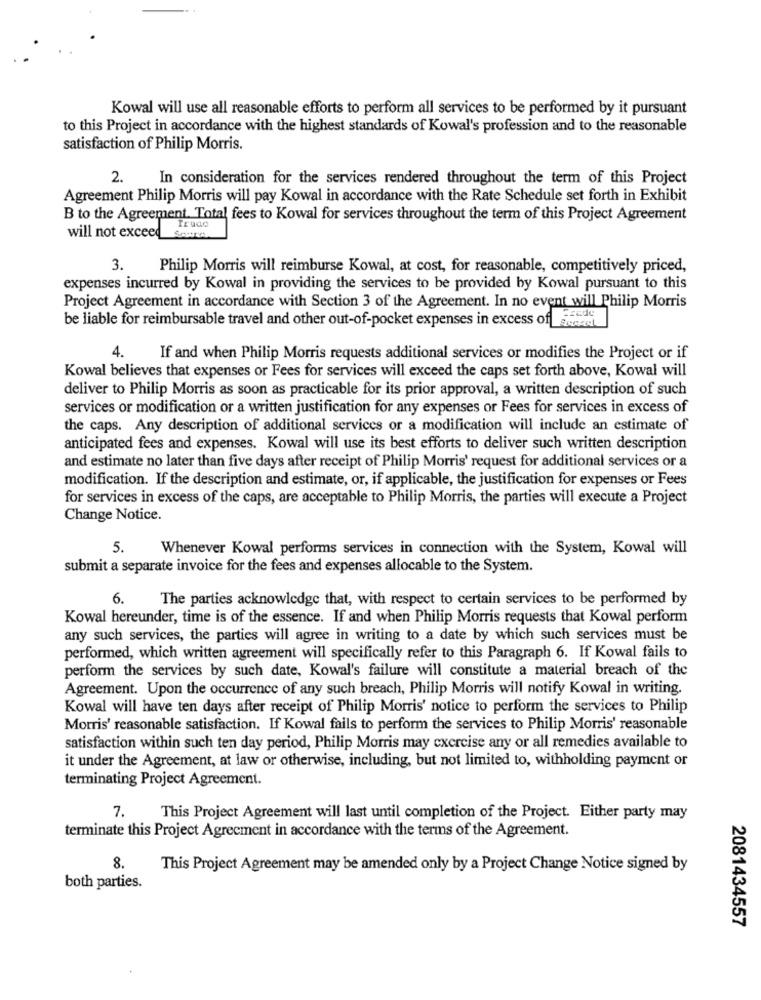
Kowal will use all reasonable efforts to perform all services to be performed by it pursuant
to this Project in accordance with the highest standards of Kowal's profession and to the reasonable
satisfaction of Philip Morris.
2.
In consideration for the services rendered throughout the term of this Project
Agreement Philip Morris will pay Kowal in accordance with the Rate Schedule set forth in Exhibit
B to the Agreement. Total fees to Kowal for services throughout the term of this Project Agreement
will not exceed
3.
Philip Morris will reimburse Kowal, at cost, for reasonable, competitively priced,
expenses incurred by Kowal in providing the services to be provided by Kowal pursuant to this
Project Agreement in accordance with Section 3 of the Agreement. In no event will Philip Morris
be liable for reimbursable travel and other out-of-pocket expenses in excess of coral
4.
If and when Philip Morris requests additional services or modifies the Project or if
Kowal believes that expenses or Fees for services will exceed the caps set forth above, Kowal will
deliver to Philip Morris as soon as practicable for its prior approval, a written description of such
services or modification or a written justification for any expenses or Fees for services in excess of
the caps. Any description of additional services or a modification will include an estimate of
anticipated fees and expenses. Kowal will use its best efforts to deliver such written description
and estimate no later than five days after receipt of Philip Morris' request for additional services or a
modification. If the description and estimate, or, if applicable, the justification for expenses or Fees
for services in excess of the caps, are acceptable to Philip Morris, the parties will execute a Project
Change Notice.
5.
Whenever Kowal performs services in connection with the System, Kowal will
submit a separate invoice for the fees and expenses allocable to the System.
6.
The parties acknowledge that, with respect to certain services to be performed by
Kowal hereunder, time is of the essence. If and when Philip Morris requests that Kowal perform
any such services, the parties will agree in writing to a date by which such services must be
performed, which written agreement will specifically refer to this Paragraph 6. If Kowal fails to
perform the services by such date, Kowal's failure will constitute a material breach of the
Agreement. Upon the occurrence of any such breach, Philip Morris will notify Kowal in writing.
Kowal will have ten days after receipt of Philip Morris' notice to perform the services to Philip
Morris' reasonable satisfaction. If Kowal fails to perform the services to Philip Morris' reasonable
satisfaction within such ten day period, Philip Morris may cxercise any or all remedies available to
it under the Agreement, at law or otherwise, including, but not limited to, withholding payment or
terminating Project Agreement.
7.
This Project Agreement will last until completion of the Project. Either party may
terminate this Project Agreement in accordance with the terms of the Agreement.
8.
This Project Agreement may be amended only by a Project Change Notice signed by
both parties.
2081434557